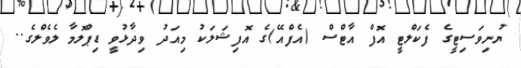
ޔުނިވަސިޓީގެ ފެކަލްޓީ އޮފް އާޓްސް (އެފްއޭ)ގެ އޮފިޝަލަކު މިއަދު ވިދާޅުވީ ޑިޕްލޮމާ ލެވެލްގެ..